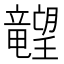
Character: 𬂙